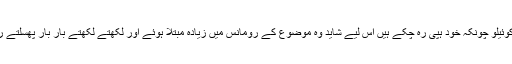
پالو کوئیلو چونکہ خود ہپی رہ چکے ہیں اس لیے شاید وہ موضوع کے رومانس میں زیادہ مبتلا ہوئے اور لکھتے لکھتے بار بار پھسلتے رہے۔